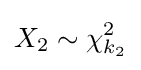
X_{2}\sim \chi _{k_{2}}^{2}